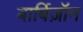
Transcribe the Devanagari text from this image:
बार्बिज़ॉन